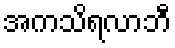
အကသိရလာဘီ